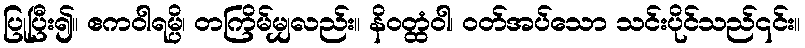
ပြုပြီး၍။ ဧကဝါရမ္ပိ၊ တကြိမ်မျှလည်း။ နိဝတ္ထံဝါ၊ ဝတ်အပ်သော သင်းပိုင်သည်၎င်း။